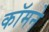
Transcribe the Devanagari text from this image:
कॉमने